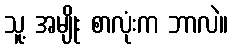
သူ့ အမျိုး စာလုံးက ဘာလဲ။